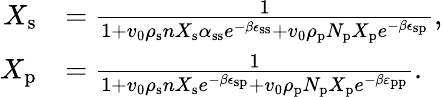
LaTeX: \begin{array}{rl}{X_{\mathrm{s}}}&{=\frac{1}{1+v_{0}\rho_{\mathrm{s}}nX_{\mathrm{s}}\alpha_{\mathrm{ss}}e^{-\beta\epsilon_{\mathrm{ss}}}+v_{0}\rho_{\mathrm{p}}N_{\mathrm{p}}X_{\mathrm{p}}e^{-\beta\epsilon_{\mathrm{sp}}}},}\\ {X_{\mathrm{p}}}&{=\frac{1}{1+v_{0}\rho_{\mathrm{s}}nX_{\mathrm{s}}e^{-\beta\epsilon_{\mathrm{sp}}}+v_{0}\rho_{\mathrm{p}}N_{\mathrm{p}}X_{\mathrm{p}}e^{-\beta\varepsilon_{\mathrm{pp}}}}.}\end{array}